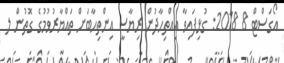
އޯގަސްޓް 8 2018: ގުޅިފައިވާ އިއްތިހާދުން ރިޔާސީ އިންތިހާބަށް ތައްޔާރުވުމުގެ ގޮތުން ލ